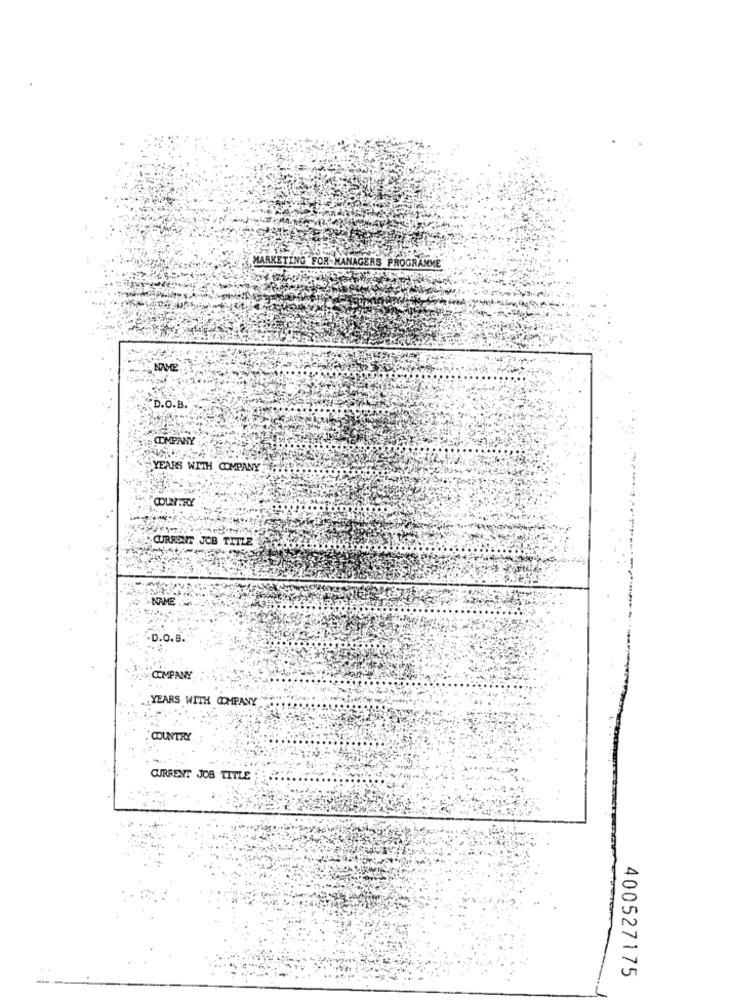
MARKETING FOR- MANAGERS PROGRAMME
NAME
"D.O.B.
COMPANY
YEARS WITH COMPANY
COUNTRY
CURRENT JOB TITLE
D.O.B.
COMPANY
YEARS WITH COMPANY
COUNTRY
CURRENT JOB TITLE
400527175